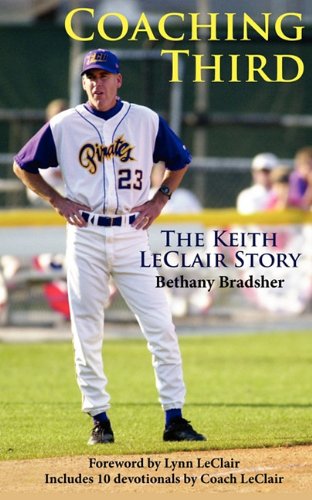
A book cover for Coaching Third: The Keith LeClair Story; Bethany Bradley; Sports & Outdoors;